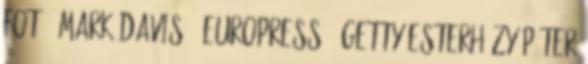
Fotó: Mark Davis Europress Getty Esterházy Péter